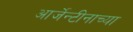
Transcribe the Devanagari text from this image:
आर्जेन्टीनाच्या